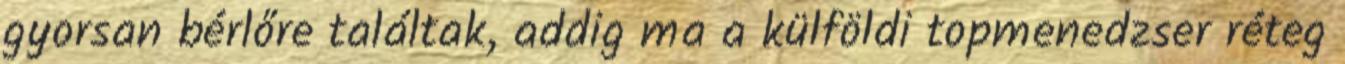
gyorsan bérlőre találtak, addig ma a külföldi topmenedzser réteg